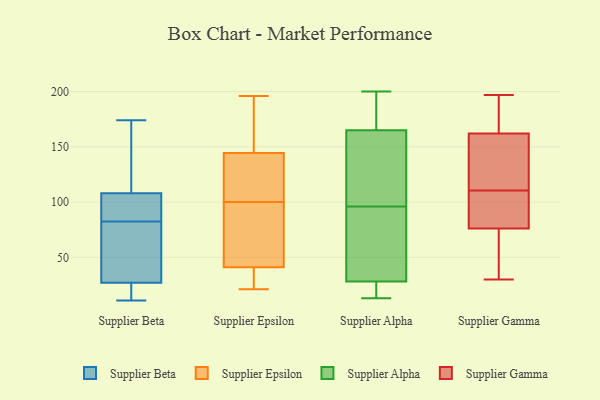
{"axis": {"x": "Conversion Rate (%)", "y": "Value"}, "legend": ["Supplier Alpha", "Supplier Beta", "Supplier Epsilon", "Supplier Gamma"], "data": [{"x": "", "y": 96, "type": "Supplier Beta"}, {"x": "", "y": 41, "type": "Supplier Beta"}, {"x": "", "y": 73, "type": "Supplier Beta"}, {"x": "", "y": 20, "type": "Supplier Beta"}, {"x": "", "y": 125, "type": "Supplier Beta"}, {"x": "", "y": 96, "type": "Supplier Beta"}, {"x": "", "y": 126, "type": "Supplier Beta"}, {"x": "", "y": 11, "type": "Supplier Beta"}, {"x": "", "y": 64, "type": "Supplier Beta"}, {"x": "", "y": 14, "type": "Supplier Beta"}, {"x": "", "y": 132, "type": "Supplier Beta"}, {"x": "", "y": 95, "type": "Supplier Beta"}, {"x": "", "y": 174, "type": "Supplier Beta"}, {"x": "", "y": 45, "type": "Supplier Beta"}, {"x": "", "y": 92, "type": "Supplier Beta"}, {"x": "", "y": 15, "type": "Supplier Beta"}, {"x": "", "y": 108, "type": "Supplier Beta"}, {"x": "", "y": 27, "type": "Supplier Beta"}, {"x": "", "y": 47, "type": "Supplier Epsilon"}, {"x": "", "y": 21, "type": "Supplier Epsilon"}, {"x": "", "y": 85, "type": "Supplier Epsilon"}, {"x": "", "y": 48, "type": "Supplier Epsilon"}, {"x": "", "y": 196, "type": "Supplier Epsilon"}, {"x": "", "y": 100, "type": "Supplier Epsilon"}, {"x": "", "y": 114, "type": "Supplier Epsilon"}, {"x": "", "y": 110, "type": "Supplier Epsilon"}, {"x": "", "y": 161, "type": "Supplier Epsilon"}, {"x": "", "y": 192, "type": "Supplier Epsilon"}, {"x": "", "y": 139, "type": "Supplier Epsilon"}, {"x": "", "y": 23, "type": "Supplier Epsilon"}, {"x": "", "y": 21, "type": "Supplier Epsilon"}, {"x": "", "y": 200, "type": "Supplier Alpha"}, {"x": "", "y": 124, "type": "Supplier Alpha"}, {"x": "", "y": 28, "type": "Supplier Alpha"}, {"x": "", "y": 13, "type": "Supplier Alpha"}, {"x": "", "y": 17, "type": "Supplier Alpha"}, {"x": "", "y": 169, "type": "Supplier Alpha"}, {"x": "", "y": 67, "type": "Supplier Alpha"}, {"x": "", "y": 70, "type": "Supplier Alpha"}, {"x": "", "y": 165, "type": "Supplier Alpha"}, {"x": "", "y": 122, "type": "Supplier Alpha"}, {"x": "", "y": 175, "type": "Supplier Gamma"}, {"x": "", "y": 34, "type": "Supplier Gamma"}, {"x": "", "y": 119, "type": "Supplier Gamma"}, {"x": "", "y": 83, "type": "Supplier Gamma"}, {"x": "", "y": 67, "type": "Supplier Gamma"}, {"x": "", "y": 119, "type": "Supplier Gamma"}, {"x": "", "y": 30, "type": "Supplier Gamma"}, {"x": "", "y": 192, "type": "Supplier Gamma"}, {"x": "", "y": 55, "type": "Supplier Gamma"}, {"x": "", "y": 79, "type": "Supplier Gamma"}, {"x": "", "y": 149, "type": "Supplier Gamma"}, {"x": "", "y": 177, "type": "Supplier Gamma"}, {"x": "", "y": 82, "type": "Supplier Gamma"}, {"x": "", "y": 124, "type": "Supplier Gamma"}, {"x": "", "y": 73, "type": "Supplier Gamma"}, {"x": "", "y": 132, "type": "Supplier Gamma"}, {"x": "", "y": 102, "type": "Supplier Gamma"}, {"x": "", "y": 191, "type": "Supplier Gamma"}, {"x": "", "y": 197, "type": "Supplier Gamma"}, {"x": "", "y": 90, "type": "Supplier Gamma"}]}